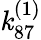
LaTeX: \mathit{k}_{87}^{(1)}